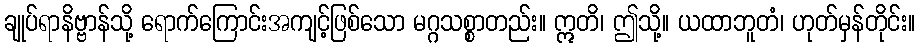
ချုပ်ရာနိဗ္ဗာန်သို့ ရောက်ကြောင်းအကျင့်ဖြစ်သော မဂ္ဂသစ္စာတည်း။ ဣတိ၊ ဤသို့။ ယထာဘူတံ၊ ဟုတ်မှန်တိုင်း။